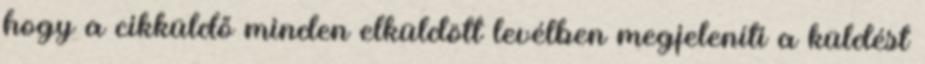
hogy a cikküldő minden elküldött levélben megjeleníti a küldést